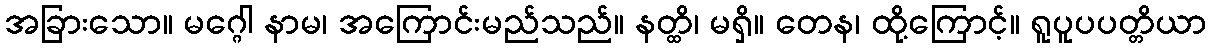
အခြားသော။ မဂ္ဂေါ နာမ၊ အကြောင်းမည်သည်။ နတ္ထိ၊ မရှိ။ တေန၊ ထို့ကြောင့်။ ရူပူပပတ္တိယာ